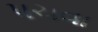
પચવા